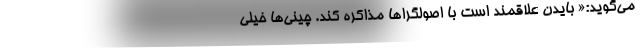
می‌گوید:« بایدن علاقمند است با اصولگراها مذاکره کند. چینی‌ها خیلی